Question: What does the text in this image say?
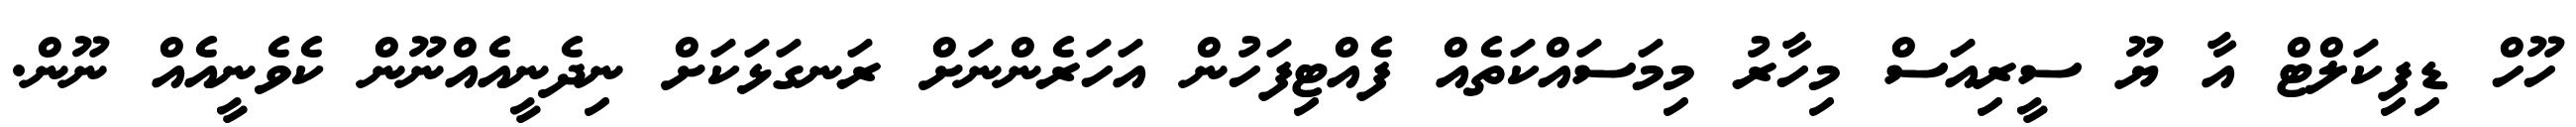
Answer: ހޫހް ޑިފިކަލްޓް އާ ޔޫ ސީރިއަސް މިހާރު މިމަސައްކަތެއް ފެއްޓިފަހުން އަހަރެންނަށް ރަނގަޅަކަށް ނިދެނީއެއްނޫން ކެވެނީއެއް ނޫން.